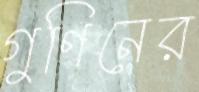
গুণিনের